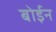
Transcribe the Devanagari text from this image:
बोईन